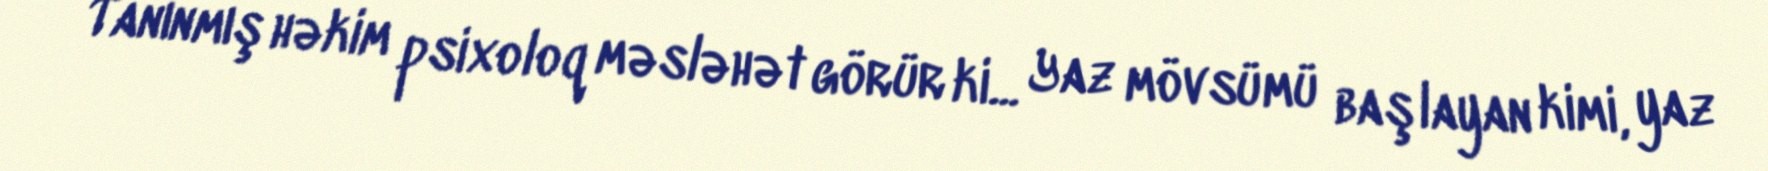
Tanınmış həkim psixoloq məsləhət görür ki... Yaz mövsümü başlayan kimi, yaz